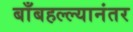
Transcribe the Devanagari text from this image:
बाँबहल्ल्यानंतर